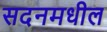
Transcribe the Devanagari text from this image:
सदनमधील